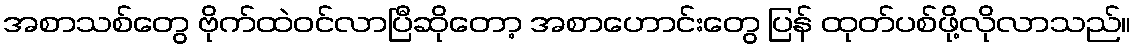
အစာသစ်တွေ ဗိုက်ထဲဝင်လာပြီဆိုတော့ အစာဟောင်းတွေ ပြန် ထုတ်ပစ်ဖို့လိုလာသည်။